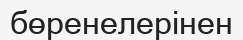
бөренелерінен